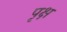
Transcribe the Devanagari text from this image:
पृक्ष